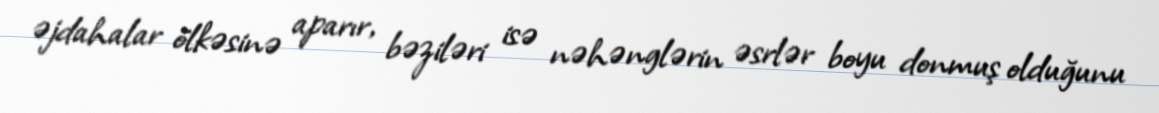
əjdahalar ölkəsinə aparır, bəziləri isə nəhənglərin əsrlər boyu donmuş olduğunu